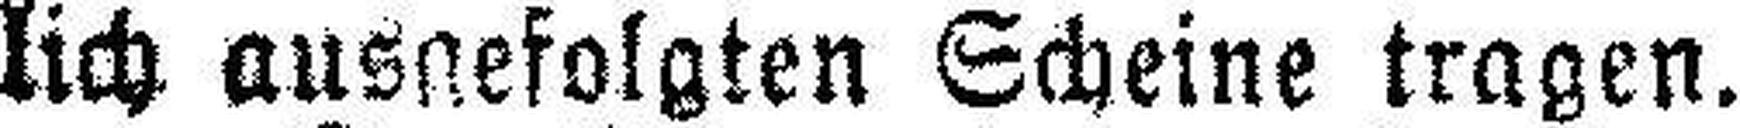
lich ausgefolgten Scheine tragen.